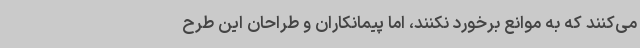
می‌کنند که به موانع برخورد نکنند، اما پیمانکاران و طراحان این طرح